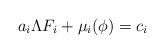
\begin{align*}a_i\Lambda F_i +\mu_i (\phi)=c_i\end{align*}